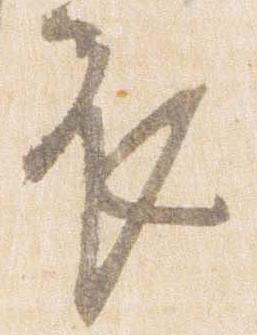
衣